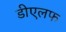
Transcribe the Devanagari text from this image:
डीएलफ